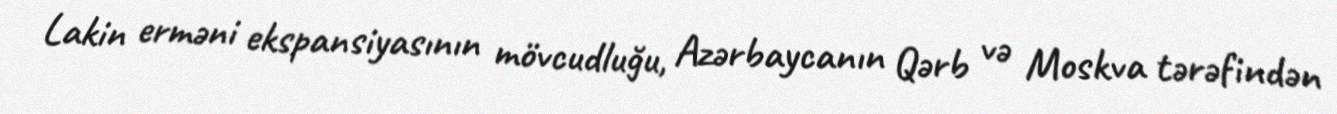
Lakin erməni ekspansiyasının mövcudluğu, Azərbaycanın Qərb və Moskva tərəfindən